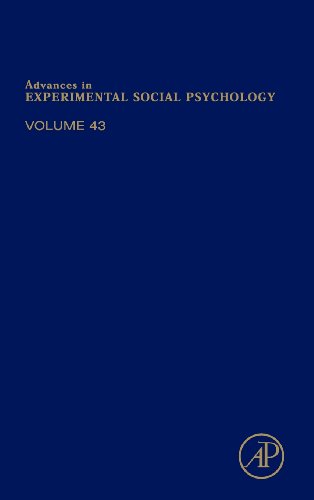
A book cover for Advances in Experimental Social Psychology, Volume 43; Medical Books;